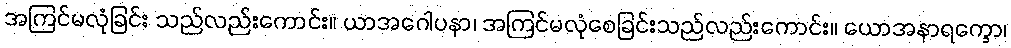
အကြင်မလုံခြင်း သည်လည်းကောင်း။ ယာအဂေါပနာ၊ အကြင်မလုံစေခြင်းသည်လည်းကောင်း။ ယောအနာရက္ခော၊